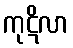
ကုဋိလာ